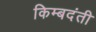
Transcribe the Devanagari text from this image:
किम्बदंती